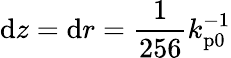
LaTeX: \mathrm{d}z=\mathrm{d}r=\frac{1}{256}k_{\mathrm{p0}}^{-1}